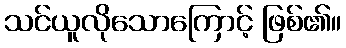
သင်ယူလိုသောကြောင့် ဖြစ်၏။